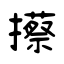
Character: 攃